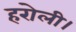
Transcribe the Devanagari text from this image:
हरोली।